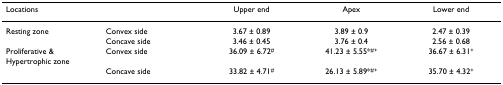
| Locations |  | Upper end | Apex | Lower end |
 | --- | --- | --- | --- | --- |
 | Resting zone | Convex side | 3.67 ± 0.89 | 3.89 ± 0.9 | 2.47 ± 0.39 |
 |  | Concave side | 3.46 ± 0.45 | 3.76 ± 0.4 | 2.56 ± 0.68 |
 | Proliferative & Hypertrophic zone | Convex side | 36.09 ± 6.72# | 41.23 ± 5.55*#+ | 36.67 ± 6.31+ |
 |  | Concave side | 33.82 ± 4.71# | 26.13 ± 5.89*#+ | 35.70 ± 4.32+ |